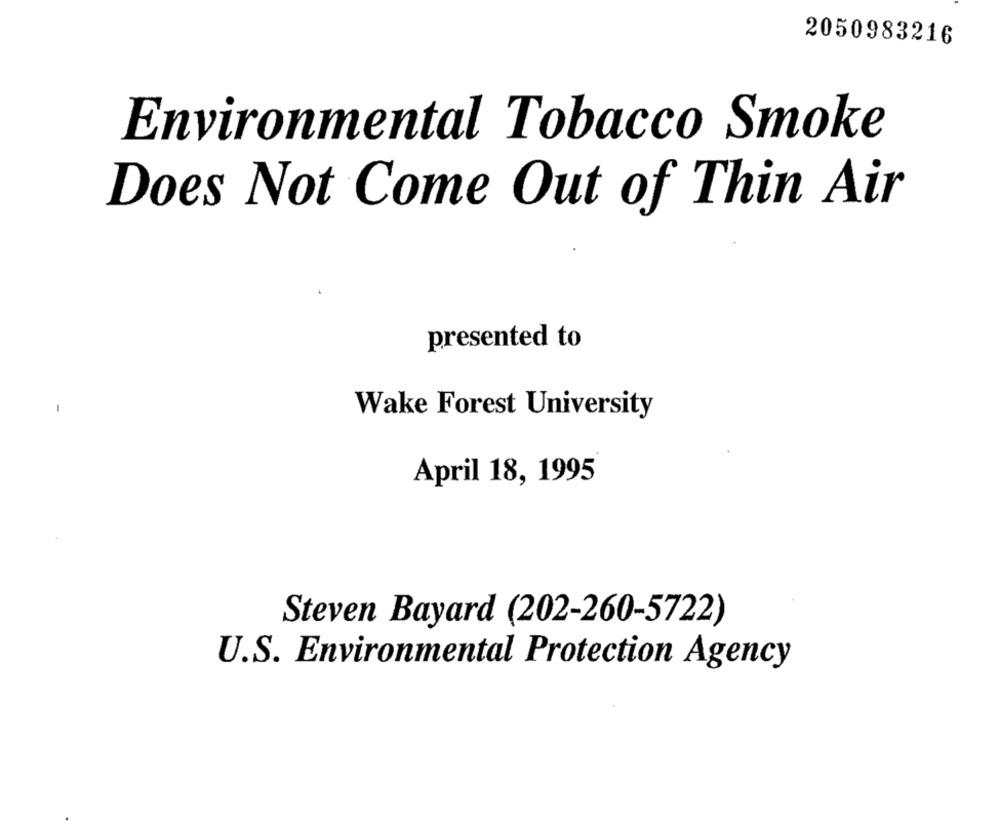
2050983216
Environmental Tobacco Smoke
Does Not Come Out of Thin Air
presented to
Wake Forest University
April 18, 1995
Steven Bayard (202-260-5722)
U.S. Environmental Protection Agency